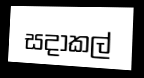
සදාකල්